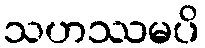
သဟဿမပိ